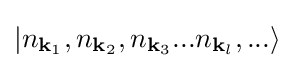
|n_{{\mathbf {k} }_{1}},n_{{\mathbf {k} }_{2}},n_{{\mathbf {k} }_{3}}...n_{{\mathbf {k} }_{l}},...\rangle